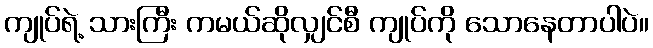
ကျုပ်ရဲ့ သားကြီး ကမယ်ဆိုလျှင်စီ ကျုပ်ကို သောနေတာပါပဲ။